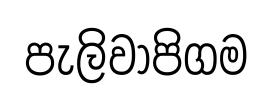
පැලිවාපිගම